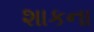
શાકના